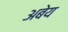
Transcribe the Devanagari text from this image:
अबेय